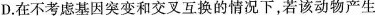
D. 在不考虑基因突变和交叉互换的情况下，若该动物产生